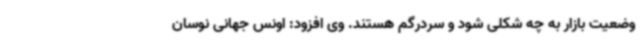
وضعیت بازار به چه شکلی شود و سردرگم هستند. وی افزود: اونس جهانی نوسان